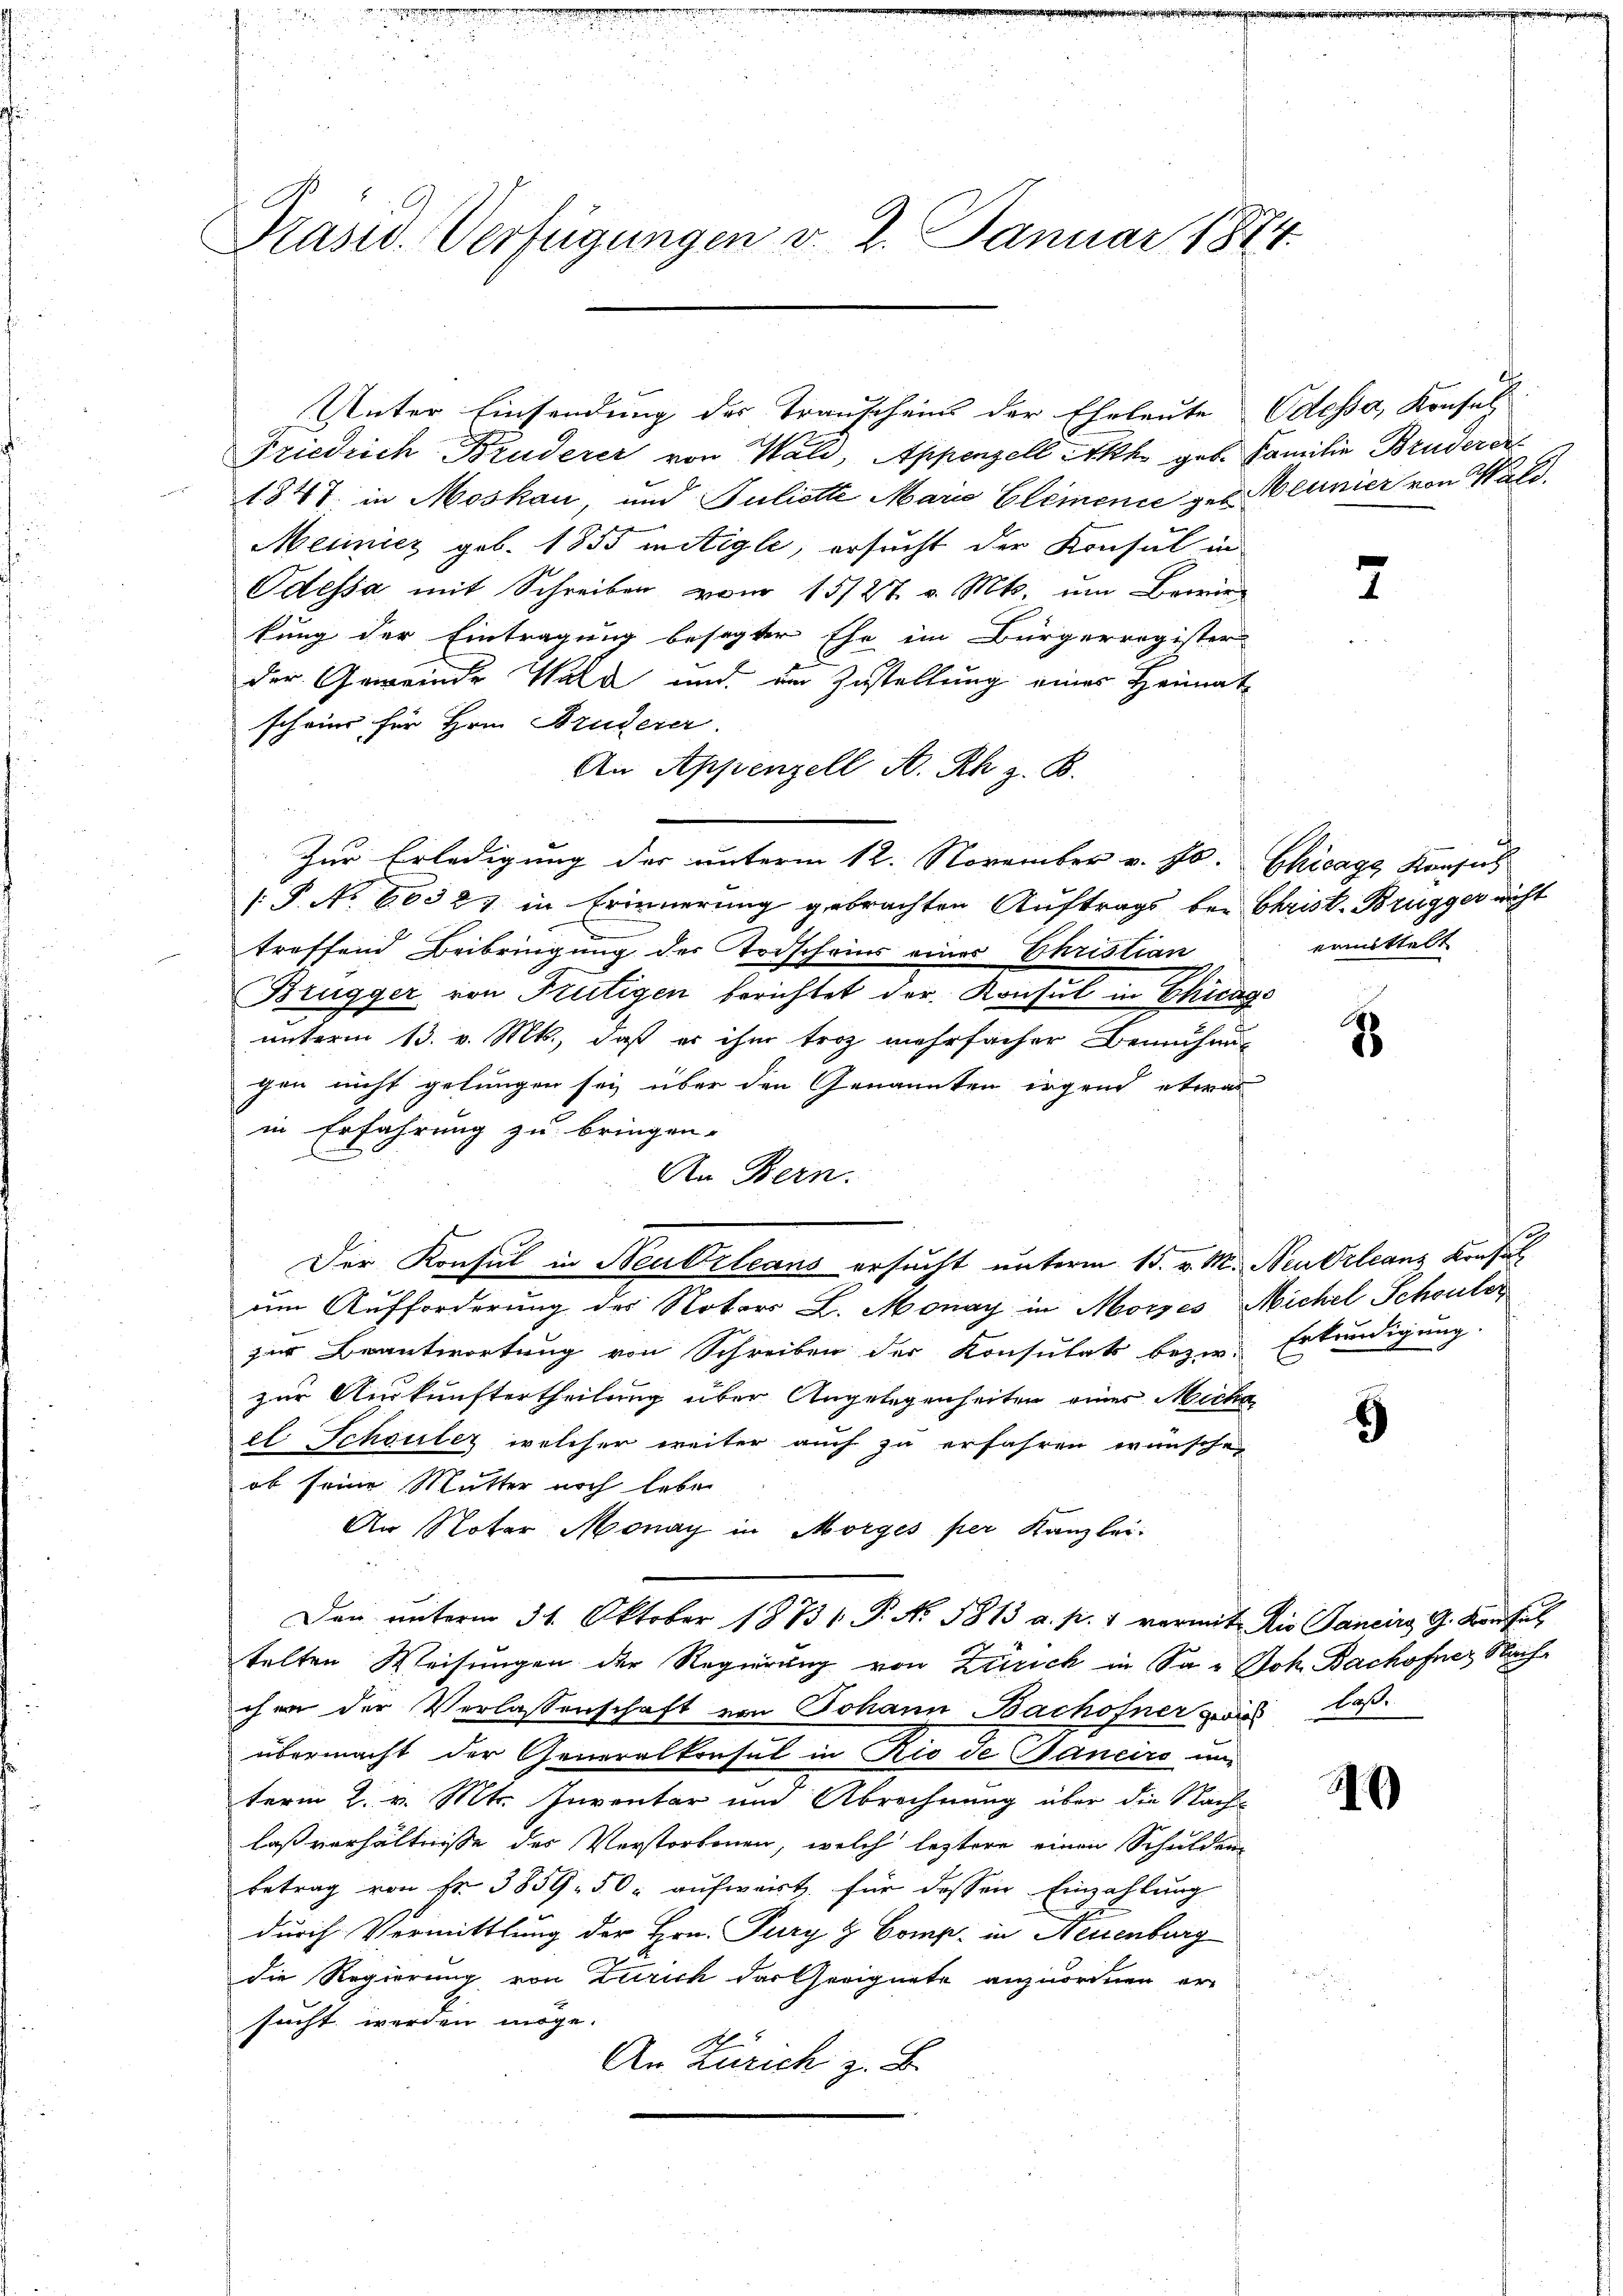
Präsid. Verfügungen v. 2. Januar 1874.

Unter Einsendung der Transchein der Eheleute Odessa, Konsul
Friedrich Bruderer von Wald, Appenzell Akh geb. Familie Bruderse
1847 in Moskau, und Juliette Marie Elemenie geb. Meunier von Wald.
Meinicz geb. 1855 mitigle, ersucht der Konsul in
Odessa mit Schreiben zur 15/27. v. Mts. um Bewir
kung der Eintragung besagter Ehe im Bürgerregister
der Gemeinde Wald und im Zustellung eines Heimat
scheine für Hrn. Bruderer
An Appenzell A. Rh z. B.
Zur Erledigung der unterm 12. November v. Js. Chicage Konsul
[P. No 66327 in Erinnerung gebrachten Auftrags bei Christ. Brugger nicht
treffend Beibringung des Todschon eines Christian
Brügger von Frutigen berichtet der Konsul in Chicags
unterm 13. v. Mts., daß es ihm troz mehrfacher Bemühung
gen nicht gelungen sey über den Genannten irgend etwas
in Erfahrung zu bringen.
An Bern.
Der Konsul in Beuteleans ersucht unterm 15. v. M. Neudrleans Konsul
um Aufforderung des Notors L. Monay in Morges Michel Schonter
zur Beantwortung von Schreiben der Konsulats bezw. Erkundigung
zur Auskunftertheilung über Angelegenheiten eines Micha
el. Schönlez, welcher weiter auch zu erfahren wünsche,
ob seine Mutter noch leben
An Noter Monay in Morges per Kanzlei-
Den unterm 31. Oktober 1873/ P. No. 1813 a. p. 1 vermit Rio Sancirg G. Konsul
telten Weisungen der Regierung von Zürich in Sa. Joh. Bachofner Nach
chen der Verlassenschaft von Johann Bachofner gwis laßübermacht der Generalkonsul in Rio de Janeiro un
term 2. v. Mts. Inventar und Abrechnung über die Nach-
laßverhältnisse des Verstorbenen, welch leztere einen Schulden
betrag von Fr. 3859. 50 aufwärt, für dessen Einzahlung
durch Vermittlung der Hrn. Pury & Comp. in Neuenburg
die Regierung von Zürich der Geeignete anzuordnen er-
sucht werden möge.
An Zürich z. B.

d

ermittelt

8

)

)